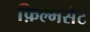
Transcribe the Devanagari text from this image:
फ़िल्मसेट